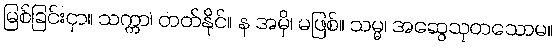
မြစ်ခြင်းငှာ။ သက္ကာ၊ တတ်နိုင်။ န အမှိ၊ မဖြစ်။ သမ္မ၊ အဆွေသုတသောမ။